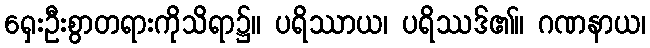
ရှေးဦးစွာတရားကိုသိရာ၌။ ပရိဿာယ၊ ပရိဿဒ်၏။ ဂဏနာယ၊